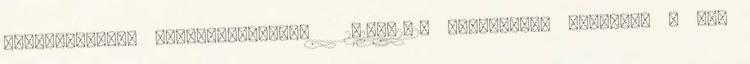
szobanövények Szobanövényeink 2018-02-20 Gyümölcsök eltevése – nem